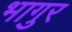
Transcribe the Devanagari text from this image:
भागुर